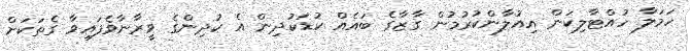
ހަމަލާ ހުއްޓާލިކަން އިއުލާންކުރުމުން ގާޒާގެ ބައެއް ކުޑަކުދިން އެ ކުދިންގެ ވީރާނާވެފައިވާ ގެތަކަށް